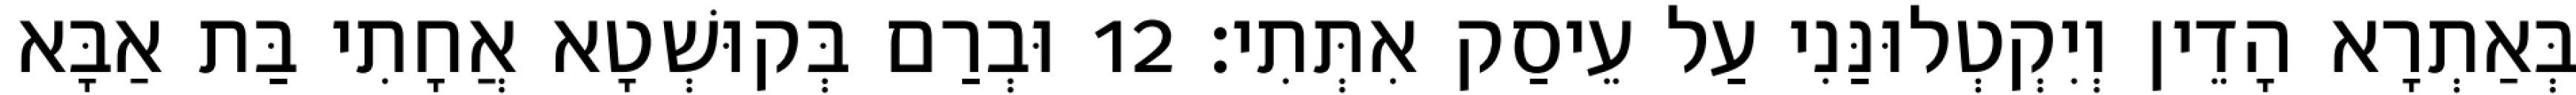
בְּאַתְרָא הָדֵין וְיִקְטְלוּנַּנִי עַל עֵיסַק אִתְּתִי׃ 12 וּבְרַם בְּקוּשְׁטָא אֲחָתִי בַּת אַבָּא